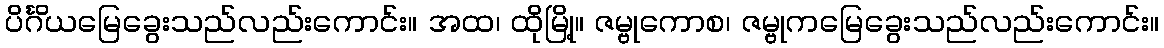
ပိင်္ဂိယမြေခွေးသည်လည်းကောင်း။ အထ၊ ထိုမြို့။ ဇမ္ဗုကောစ၊ ဇမ္ဗုကမြေခွေးသည်လည်းကောင်း။